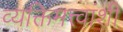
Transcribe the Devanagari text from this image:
व्यक्तिमत्त्वांशी